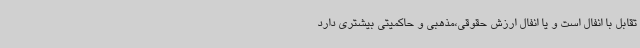
تقابل با انفال است و یا انفال ارزش حقوقی،مذهبی و حاکمیتی بیشتری دارد